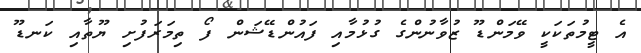
އެ ޓީމުތަކަކީ ވޭމަންޑޫ ޒުވާނުންގެ ގުޅުމާއި ފައުންޑޭޝަން ފޯ ތިމަރަފުށި ޔޫތާއި ކަނޑޫ